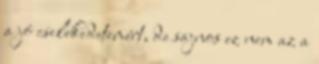
a jó cselekedetemért, de sajnos ez nem az a